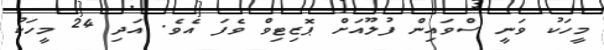
މީހަކު ވަނީ ސްވައިން ފުލޫއަށް ޕޮޒިޓިވް ވެފަ އެވެ. އަދި 24 މީހަކު